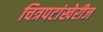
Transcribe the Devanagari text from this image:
चित्रपटांखेरीज